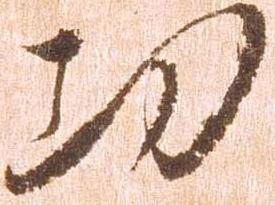
功